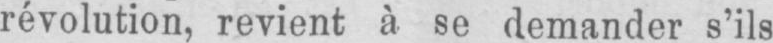
révolution, revient à se demander s’ils